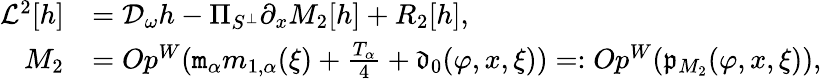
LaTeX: \begin{array}{rl}{\mathcal{L}^{2}[h]}&{=\mathcal{D}_{\omega}h-\Pi_{S^{\perp}}\partial_{x}M_{2}[h]+R_{2}[h],}\\ {M_{2}}&{=Op^{W}(\mathtt{m}_{\alpha}m_{1,\alpha}(\xi)+\frac{T_{\alpha}}{4}+\mathfrak{d}_{0}(\varphi,x,\xi))=:Op^{W}(\mathfrak{p}_{M_{2}}(\varphi,x,\xi)),}\end{array}